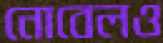
নোবেলও